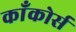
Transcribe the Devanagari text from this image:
काँकोर्स